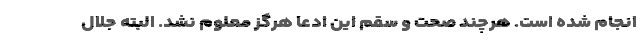
انجام شده است. هرچند صحت و سقم این ادعا هرگز معلوم نشد. البته جلال